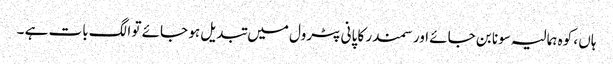
ہاں ، کوہ ہمالیہ سونا بن جائے اور سمندر کا پانی پٹرول میں تبدیل ہو جائے تو الگ بات ہے ۔